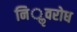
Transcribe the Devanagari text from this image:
निॢवरोध